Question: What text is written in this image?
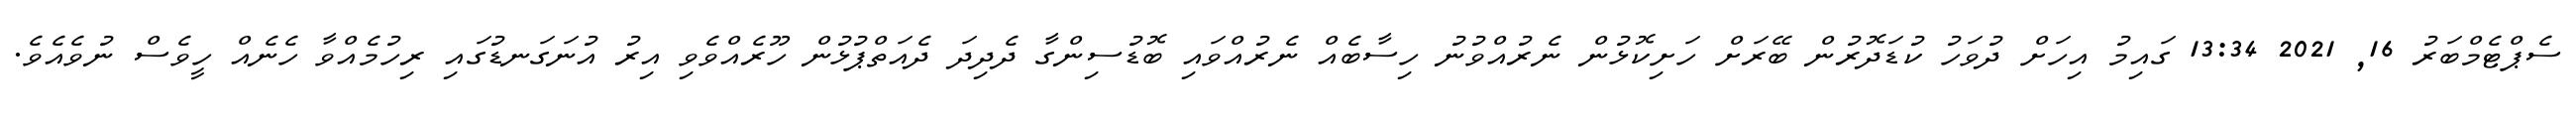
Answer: ސެޕްޓެމްބަރު 16, 2021 13:34 ގައިމު އިހަށް ދުވަހު ކުޑަދޮރުން ބޭރަށް ހަށިކޮޅުން ނެރުއްވުނު ހިސާބެއް ނެރުއްވައި ބޮޑުސިންގާ ދެދިދަ ދެއަތްޕުޅުން ހޫރެއްވެވި އިރު އުނަގަނޑުގައި ރިހުމެއްވާ ހެނެއް ހީވެސް ނުވެއެވެ.